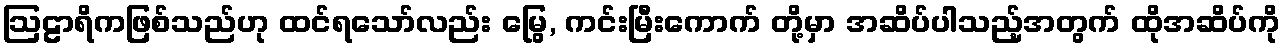
ဩဠာရိကဖြစ်သည်ဟု ထင်ရသော်လည်း မြွေ, ကင်းမြီးကောက် တို့မှာ အဆိပ်ပါသည့်အတွက် ထိုအဆိပ်ကို